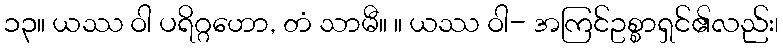
၁၃။ ယဿ ဝါ ပရိဂ္ဂဟော, တံ သာမီ။ ။ ယဿ ဝါ- အကြင်ဥစ္စာရှင်၏လည်း၊